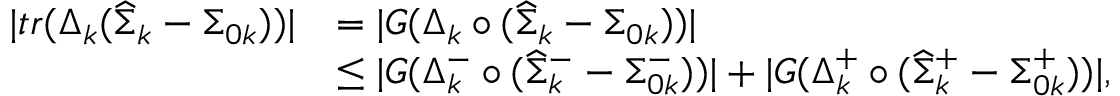
\begin{array} { r l } { | t r ( \Delta _ { k } ( \widehat { \Sigma } _ { k } - \Sigma _ { 0 k } ) ) | } & { = | G ( \Delta _ { k } \circ ( \widehat { \Sigma } _ { k } - \Sigma _ { 0 k } ) ) | } \\ & { \leq | G ( \Delta _ { k } ^ { - } \circ ( \widehat { \Sigma } _ { k } ^ { - } - \Sigma _ { 0 k } ^ { - } ) ) | + | G ( \Delta _ { k } ^ { + } \circ ( \widehat { \Sigma } _ { k } ^ { + } - \Sigma _ { 0 k } ^ { + } ) ) | , } \end{array}